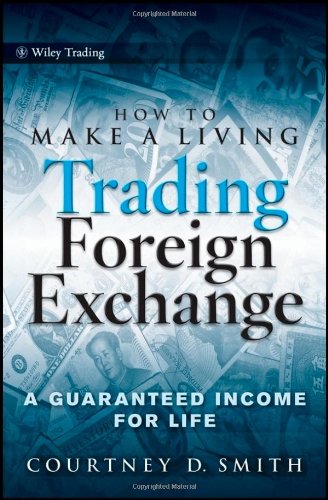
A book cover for How to Make a Living Trading Foreign Exchange: A Guaranteed Income for Life; Courtney Smith; Business & Money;